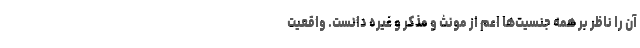
آن را ناظر بر همه جنسیت‌ها اعم از مونث و مذکر و غیره دانست. واقعیت